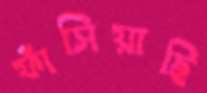
ফাঁসিয়াছি